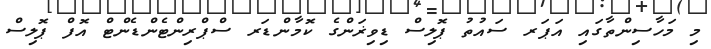
މި މަހާސިންތާގައި އަޕަރ ސައުތު ޕޮލިސް ޑިވިޜަންގެ ކޮމާންޑަރ ސްޕްރިންޓެންޑެންޓް އޮފް ޕޮލިސް